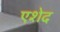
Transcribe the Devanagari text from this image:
एशेद